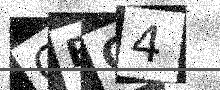
Text: CFG4